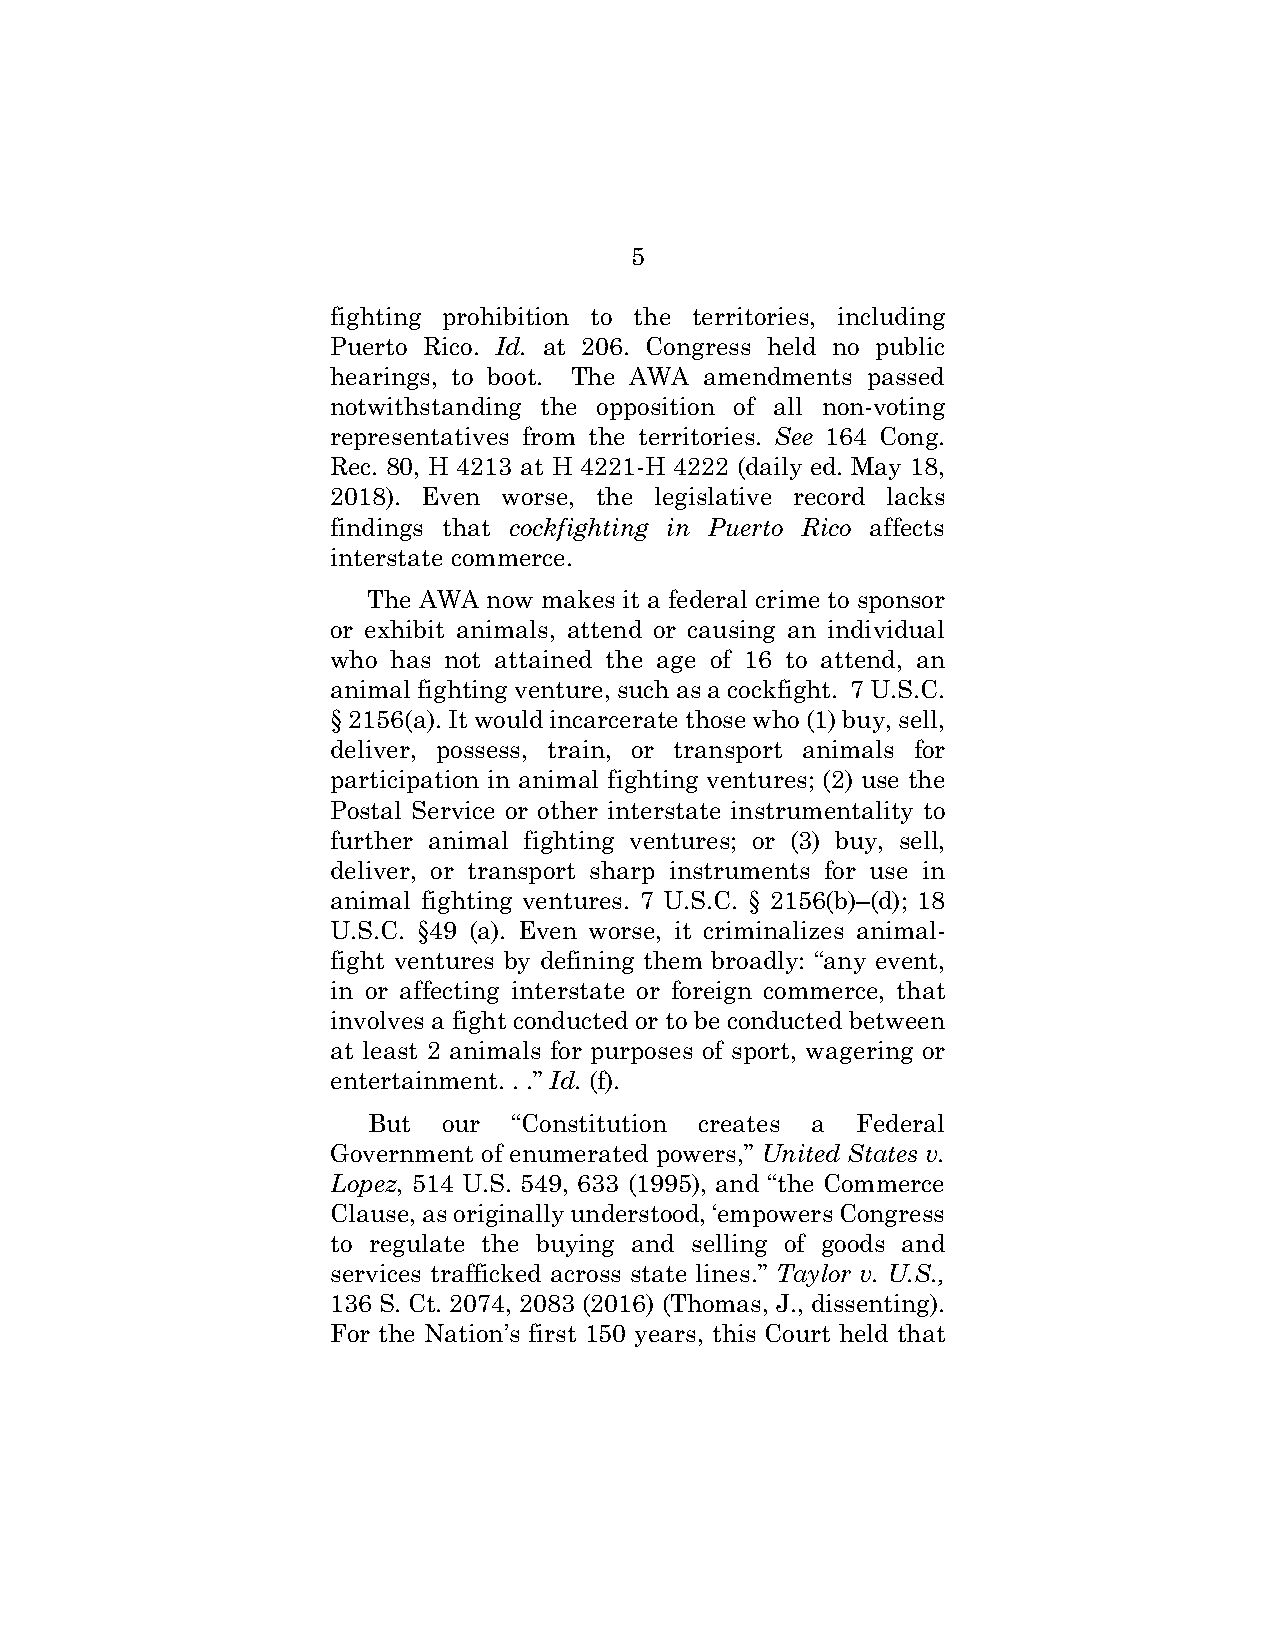
5
 fighting prohibition to the territories, including
 Puerto Rico. Id. at 206. Congress held no public
 hearings, to boot. The AWA amendments passed
 notwithstanding the opposition of all non-voting
 representatives from the territories. See 164 Cong.
 Rec. 80, H 4213 at H 4221-H 4222 (daily ed. May 18,
 2018). Even worse, the legislative record lacks
 findings that cockfighting in Puerto Rico affects
 interstate commerce.
 The AWA now makes it a federal crime to sponsor
 or exhibit animals, attend or causing an individual
 who has not attained the age of 16 to attend, an
 animal fighting venture, such as a cockfight. 7 U.S.C.
 § 2156(a). It would incarcerate those who (1) buy, sell,
 deliver, possess, train, or transport animals for
 participation in animal fighting ventures; (2) use the
 Postal Service or other interstate instrumentality to
 further animal fighting ventures; or (3) buy, sell,
 deliver, or transport sharp instruments for use in
 animal fighting ventures. 7 U.S.C. § 2156(b)–(d); 18
 U.S.C. §49 (a). Even worse, it criminalizes animal-
 fight ventures by defining them broadly: “any event,
 in or affecting interstate or foreign commerce, that
 involves a fight conducted or to be conducted between
 at least 2 animals for purposes of sport, wagering or
 entertainment. . .” Id. (f).
 But  our  “Constitution creates a Federal
 Government of enumerated powers,” United States v.
 Lopez, 514 U.S. 549, 633 (1995), and “the Commerce
 Clause, as originally understood, ‘empowers Congress
 to regulate the buying and selling of goods and
 services trafficked across state lines.” Taylor v. U.S.,
 136 S. Ct. 2074, 2083 (2016) (Thomas, J., dissenting).
 For the Nation’s first 150 years, this Court held that